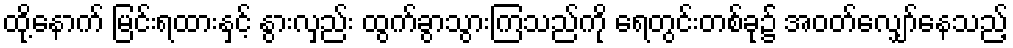
ထို့နောက် မြင်းရထားနှင့် နွားလှည်း ထွက်ခွာသွားကြသည်ကို ရေတွင်းတစ်ခု၌ အဝတ်လျှော်နေသည့်